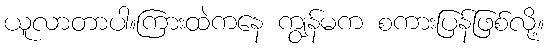
ယူလာတာပါ။ကြားထဲကနေ ကျွန်မက စကားပြန်ဖြစ်လို့။